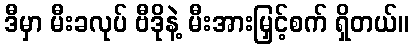
ဒီမှာ မီးခလုပ် ဗီဒိုနဲ့ မီးအားမြှင့်စက် ရှိတယ်။